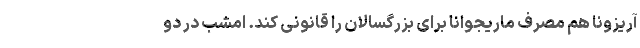
آریزونا هم مصرف ماریجوانا برای بزرگسالان را قانونی کند. امشب در دو